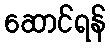
ဆောင်ရန်